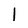
Character: 1